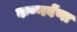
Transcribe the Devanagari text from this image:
कण्णवेंणा